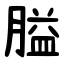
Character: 膉